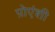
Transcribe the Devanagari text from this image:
प़ोएंशी